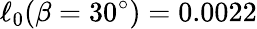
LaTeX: \ell_{0}(\beta=30^{\circ})=0.0022